Investigations into the jail dietaries of the United Provinces with some observations on the influence of dietary on the physical development and well-being of the people of the United Provinces - Number 48
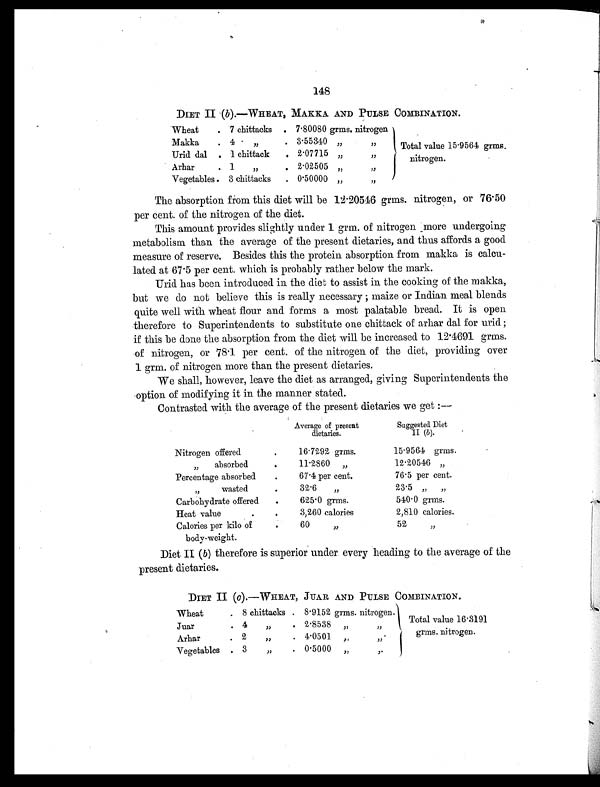
148
DIET II (b).—WHEAT, MAKKA AND PULSE COMBINATION.
Wheat
. 7 chittacks
. 7.80080 grms. nitrogen
Total value 15.9564 grms.
nitrogen.
Makka
. 4
, , . 3.55340 ,,
, ,
Urid dal . 1 chittack
. 2.07715 „
,,
Arhar
. 1
„
. 2.02505 „
,,
Vegetables . 3 chittacks
. 0.50000 „
, ,
The absorption from this diet will be 12.20546 grms. nitrogen, or 76.50
per cent. of the nitrogen of the diet.
This amount provides slightly under 1 grm. of nitrogen more undergoing
metabolism than the average of the present dietaries, and thus affords a good
measure of reserve. Besides this the protein absorption from makka is calcu-
lated at 67.5 per cent. which is probably rather below the mark.
Urid has been introduced in the diet to assist in the cooking of the makka,
but we do not believe this is really necessary; maize or Indian meal blends
quite well with wheat flour and forms a most palatable bread. It is open
therefore to Superintendents to substitute one chittack of arhar dal for urid;
if this be done the absorption from the diet will be increased to 12.4691 grms.
of nitrogen, or 78.1 per cent. of the nitrogen of the diet, providing over
1 grm. of nitrogen more than the present dietaries.
We shall, however, leave the diet as arranged, giving Superintendents the
option of modifying it in the manner stated.
Contrasted with the average of the present dietaries we get:—
Average of present
dietaries.
Suggested Diet
II ( b ).
Nitrogen offered
.
16.7292 grms.
15.9564 grms.
,, absorbed
.
11.2860 „
12.20546 ,,
Percentage absorbed
.
67.4 per cent.
76.5 per cent.
,, wasted
.
32.6 ,,
23.5 ,, ,,
Carbohydrate offered
.
625.0 grms.
540.0 grms.
Heat value
.
3 , 2 6 0 c a l o r i e s
2,810 calories.
Calories per kilo of
body-weight.
.
60 ,,
52 ,,
Diet II ( b) therefore is superior under every heading to the average of the
present dietaries.
DIET II (c).—WHEAT, JUAR AND PULSE COMBINATION.
Wheat
. 8 chittacks . 8.9152 grms. nitrogen.
Total value 16.3191
grms. nitrogen.
Juar
. 4
,,
. 2.8538
,,
,,
Arhar
. 2
,,
. 4.0501
,,
,,
Vegetables . 3
,
. 0.5000 ,,
,,